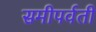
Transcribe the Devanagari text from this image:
समीपर्वती